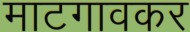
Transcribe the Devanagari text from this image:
माटगावकर